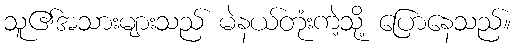
သူ၏အသားများသည် မဲနယ်တုံးကဲ့သို့ ပြောနေသည်။